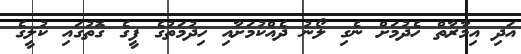
އަދި އިމާރާތް ހެދުމަށް ނެގި ލޯނު ދެއްކުމަށާއި ހިދުމަތުގެ ފީގެ ގޮތުގައި ކުލީގެ